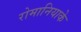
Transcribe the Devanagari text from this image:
रोमानियाके